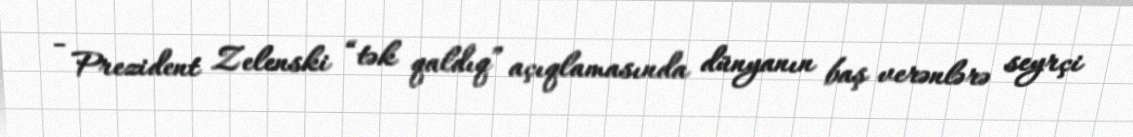
- Prezident Zelenski “tək qaldıq” açıqlamasında dünyanın baş verənlərə seyrçi